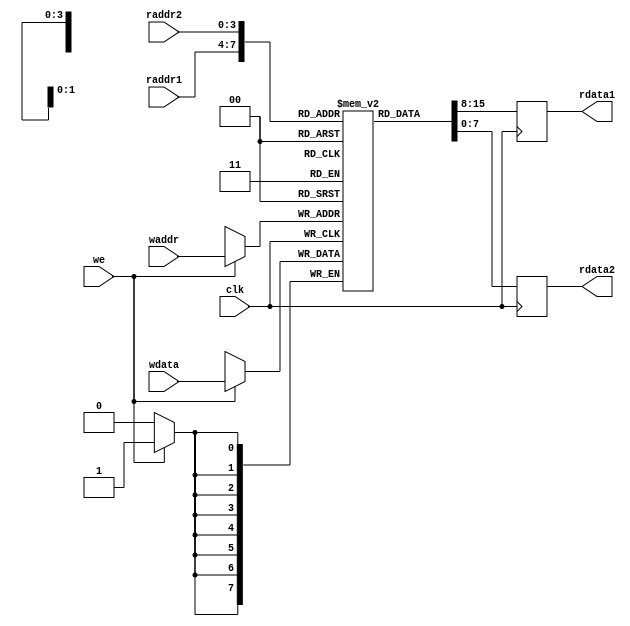
`timescale 1ns / 1ps

module RegFile(
    input wire [3:0] raddr1,
    input wire [3:0] raddr2,
    input wire [3:0] waddr,
    input wire we,
    input wire clk,
    input wire [7:0] wdata,
    output reg [7:0] rdata1,
    output reg [7:0] rdata2
);
    
  // write your code here
reg [7:0] registers [0:15];
 
    always @(posedge clk) begin
        if (we) begin
           
            registers[waddr] <= wdata;
        end
       
        rdata1 <= registers[raddr1];
        rdata2 <= registers[raddr2];
    end
endmodule